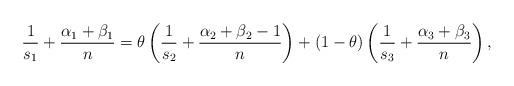
LaTeX: \begin{align*}\frac{1}{s_{1}}+\frac{\alpha_{1}+\beta_{1}}{n}=\theta\left(\frac{1}{s_{2}}+\frac{\alpha_{2}+\beta_{2}-1}{n}\right)+(1-\theta)\left(\frac{1}{s_{3}}+\frac{\alpha_{3}+\beta_{3}}{n}\right), \end{align*}